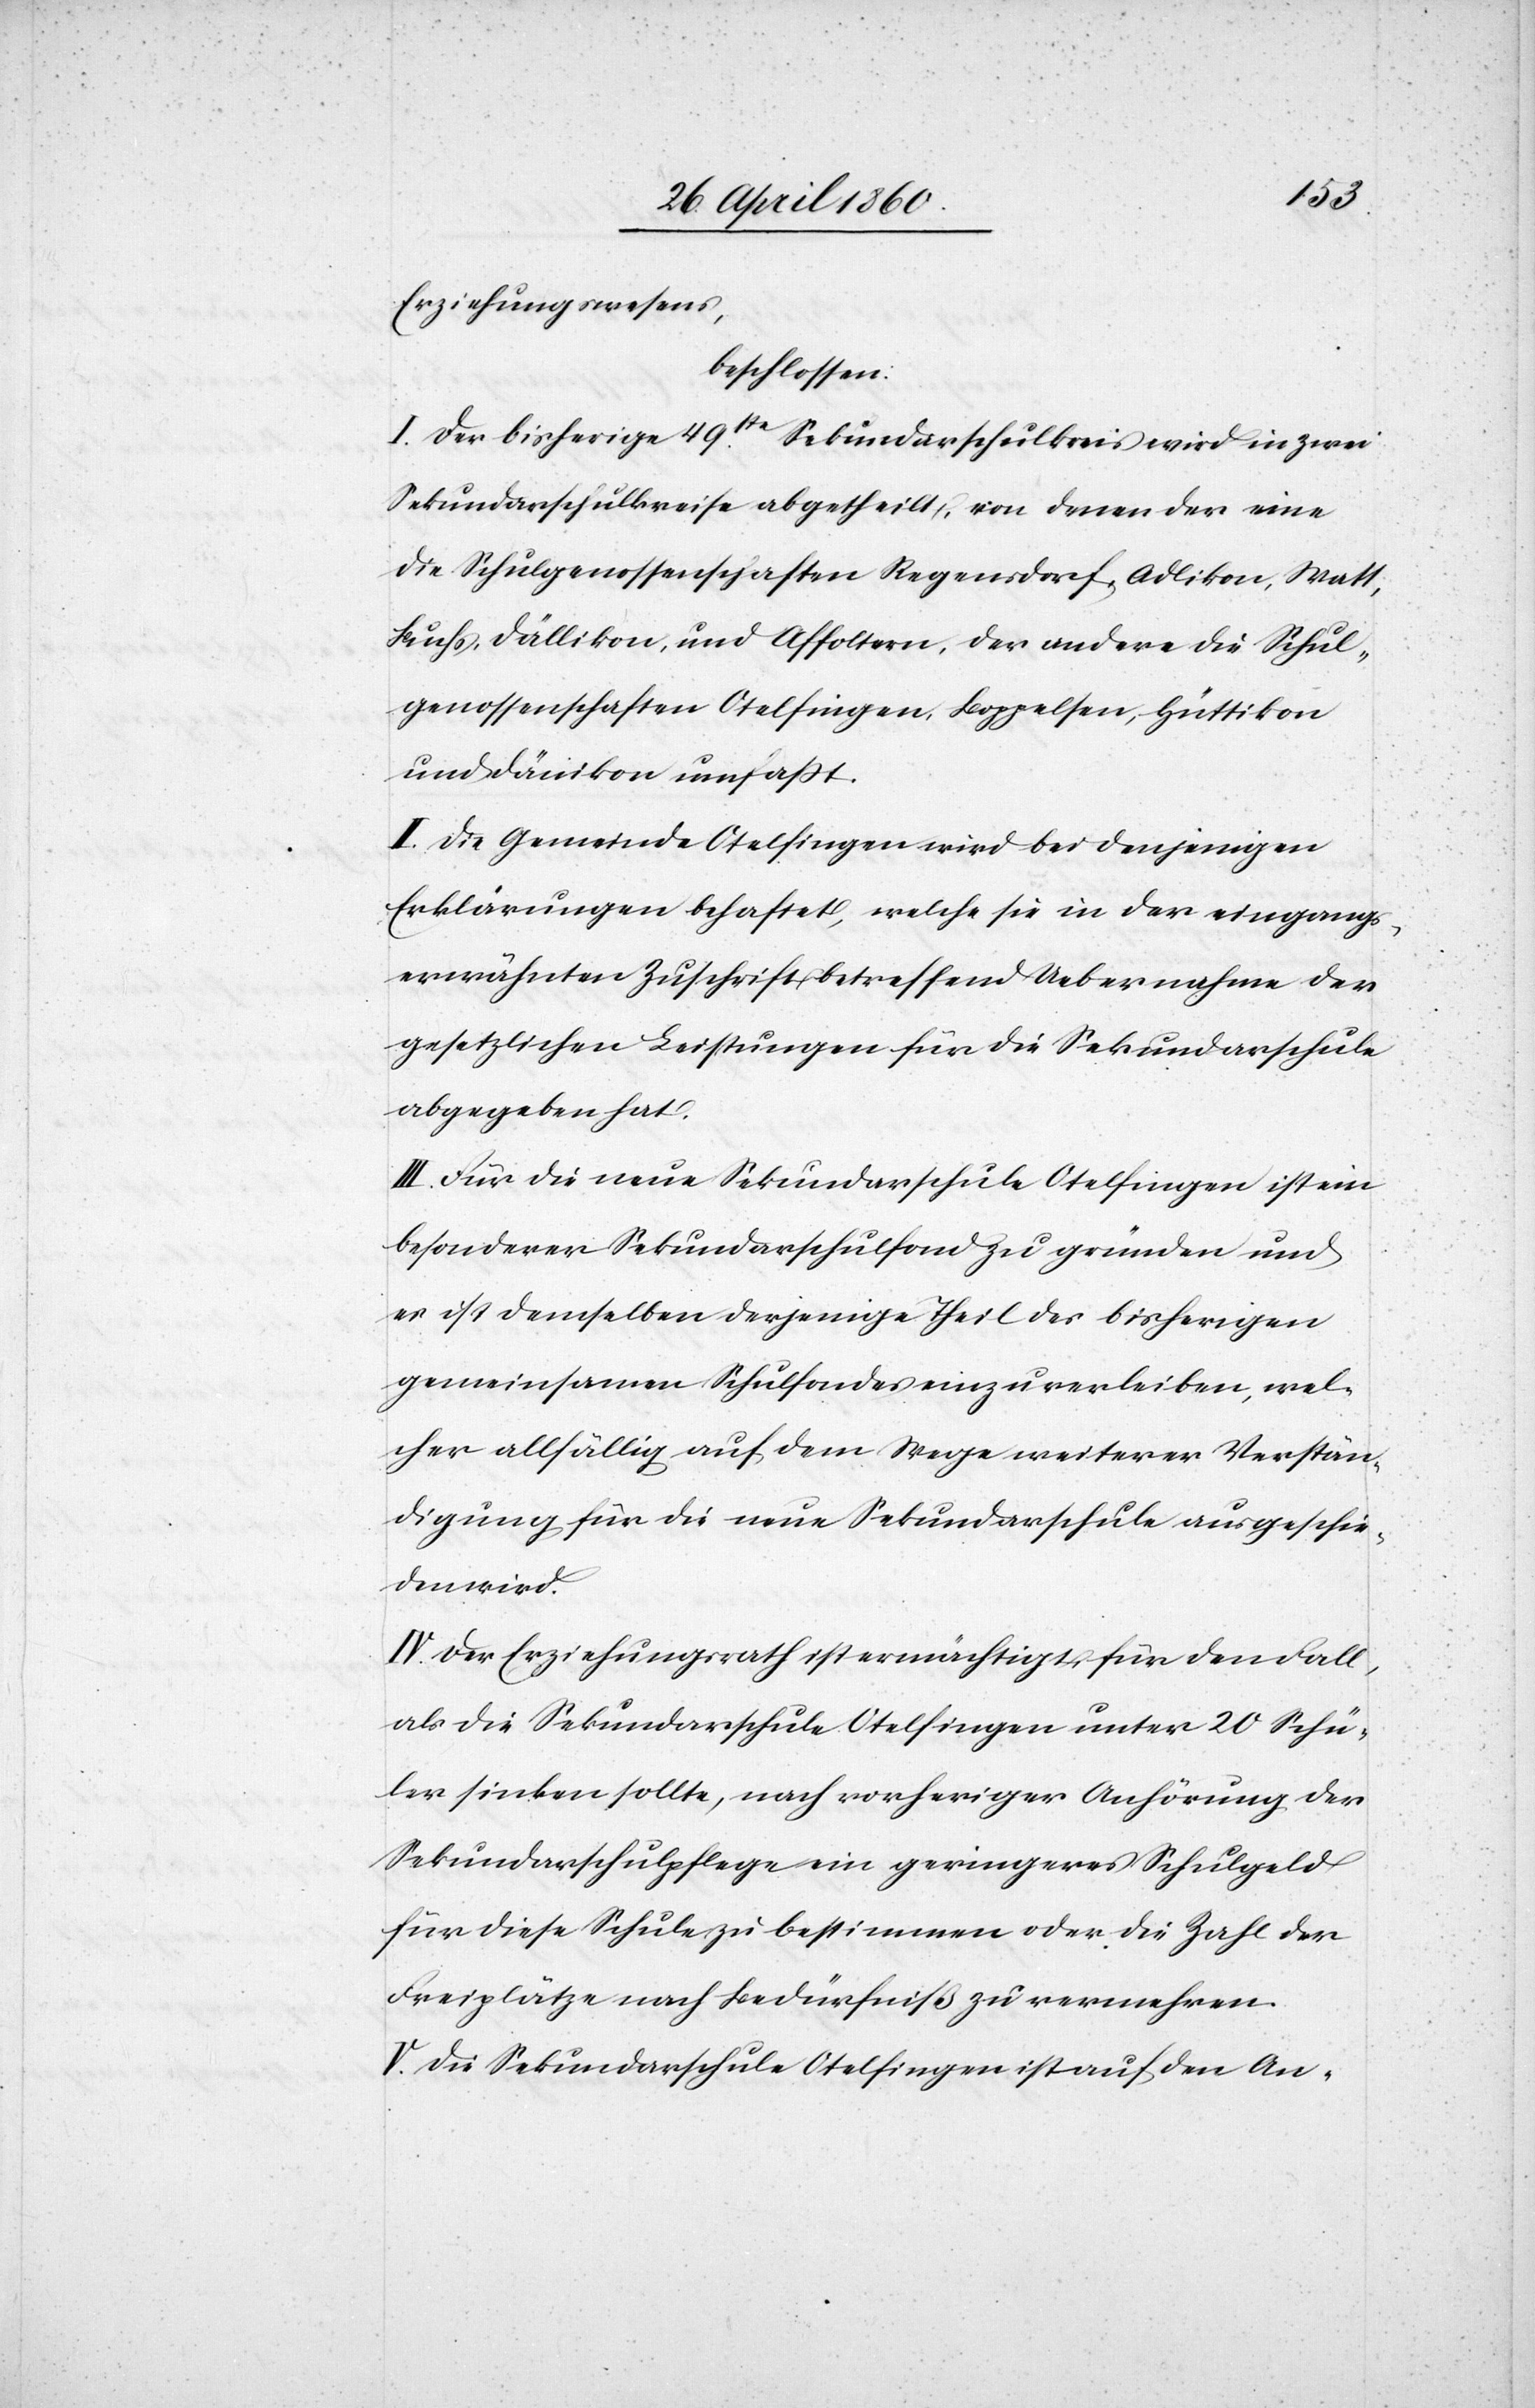
Erziehungswesens,
beschlossen:
I. Der bisherige 49ste Sekundarschulkreis wird in zwei
Sekundarschulkreise abgetheilt, von denen der eine
die Schulgenossenschaften Regensdorf, Adlikon, Matt,
Buchs, Dällikon, und Affoltern, der andere die Schul¬
genossenschaften Otelfingen, Boppelsen, Hüttikon
und Dänikon umfasst.
II. Die Gemeinde Otelfingen wird bei denjenigen
Erklärungen behaftet, welche sie in der eingangs¬
erwähnten Zuschrift betreffend Uebernahme der
gesetzlichen Leistungen für die Sekundarschule
abgegeben hat.
III. Für die neue Sekundarschule Otelfingen ist ein
besonderer Sekundarschulfond zu gründen und
es ist demselben derjenige Theil des bisherigen
gemeinsamen Schulfondes einzuverleiben, wel¬
cher allfällig auf, dem Wege weiterer Verstän¬
digung für die neue Sekundarschule ausgeschie¬
den wird.
IV. Der Erziehungsrath ist ermächtigt, für den Fall,
als die Sekundarschule Otelfingen unter 20 Schü¬
ler sinken sollte, nach vorheriger Anhörung der
Sekundarschulpflege ein geringeres Schulgeld
für diese Schule zu bestimmen oder die Zahl der
Freiplätze nach Bedürfniß zu vermehren.
V. Die Sekundarschule Otelfingen ist auf den An-